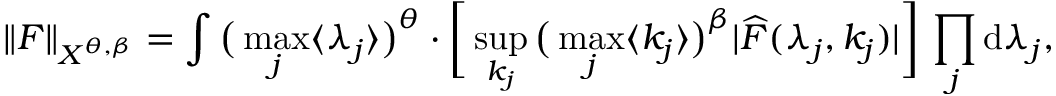
\| F \| _ { X ^ { \theta , \beta } } = \int \big ( \operatorname* { m a x } _ { j } \langle \lambda _ { j } \rangle \big ) ^ { \theta } \cdot \bigg [ \operatorname* { s u p } _ { k _ { j } } \big ( \operatorname* { m a x } _ { j } \langle k _ { j } \rangle \big ) ^ { \beta } | \widehat { F } ( \lambda _ { j } , k _ { j } ) | \bigg ] \, \prod _ { j } \mathrm { d } \lambda _ { j } ,